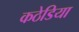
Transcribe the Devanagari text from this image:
कठेडिया